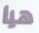
هيا